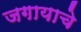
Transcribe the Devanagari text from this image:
जगायाचे